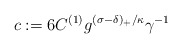
\begin{align*}c:=6C^{(1)}g^{(\sigma-\delta)_{+}/\kappa}\gamma^{-1} \end{align*}